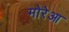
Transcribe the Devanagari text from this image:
मोरेआ